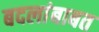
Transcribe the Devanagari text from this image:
बदलांबाबत